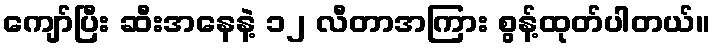
ကျော်ပြီး ဆီးအနေနဲ့ ၁၂ လီတာအကြား စွန့်ထုတ်ပါတယ်။